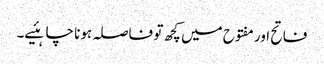
فاتح اور مفتوح میں کچھ تو فاصلہ ہونا چاہئیے۔